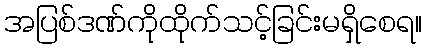
အပြစ်ဒဏ်ကိုထိုက်သင့်ခြင်းမရှိစေရ။